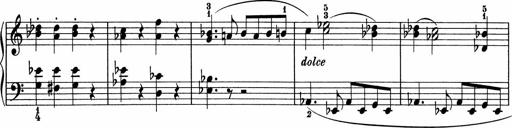
Title: 5 Sonatinen fÃ¼r die Jugend
Composer: Carl Reinecke